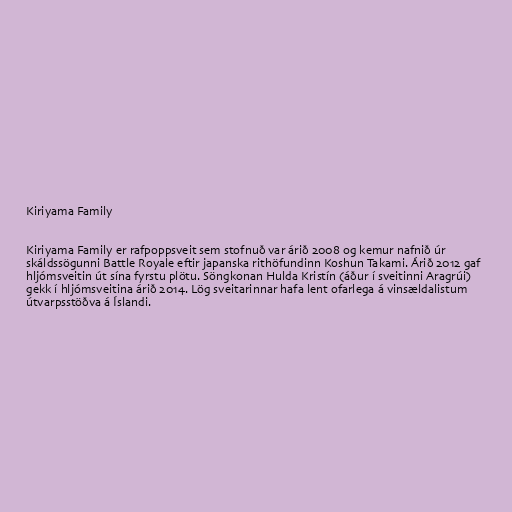
Kiriyama Family

Kiriyama Family er rafpoppsveit sem stofnuð var árið 2008 og kemur nafnið úr
skáldssögunni Battle Royale eftir japanska rithöfundinn Koshun Takami. Árið 2012 gaf
hljómsveitin út sína fyrstu plötu. Söngkonan Hulda Kristín (áður í sveitinni Aragrúi)
gekk í hljómsveitina árið 2014. Lög sveitarinnar hafa lent ofarlega á vinsældalistum
útvarpsstöðva á Íslandi.